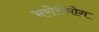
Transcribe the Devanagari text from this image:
भरोसेयोग